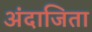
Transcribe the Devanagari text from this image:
अंदाजिता